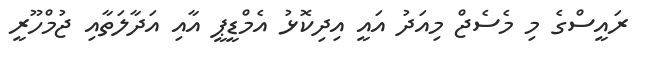
ރައީސްގެ މި މެސެޖް މިއަދު އައީ އިދިކޮޅު އެމްޑީޕީ އާއި އަދާލަތާއި ޖުމްހޫރީ